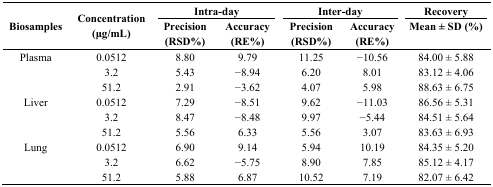
| <ROWSPAN=3> Biosamples | <ROWSPAN=3> Concentration (μg/mL) | <COLSPAN=2> Intra-day | <COLSPAN=2> Inter-day | Recovery |
 | Precision (RSD%) | Accuracy (RE%) | Precision (RSD%) | Accuracy (RE%) | Mean ± SD (%) |
 | --- | --- | --- | --- | --- | --- | --- |
 | <ROWSPAN=3> Plasma | 0.0512 | 8.80 | 9.79 | 11.25 | −10.56 | 84.00 ± 5.88 |
 | 3.2 | 5.43 | −8.94 | 6.20 | 8.01 | 83.12 ± 4.06 |
 | 51.2 | 2.91 | −3.62 | 4.07 | 5.98 | 88.63 ± 6.75 |
 | <ROWSPAN=3> Liver | 0.0512 | 7.29 | −8.51 | 9.62 | −11.03 | 86.56 ± 5.31 |
 | 3.2 | 8.47 | −8.48 | 9.97 | −5.44 | 84.51 ± 5.64 |
 | 51.2 | 5.56 | 6.33 | 5.56 | 3.07 | 83.63 ± 6.93 |
 | <ROWSPAN=3> Lung | 0.0512 | 6.90 | 9.14 | 5.94 | 10.19 | 84.35 ± 5.20 |
 | 3.2 | 6.62 | −5.75 | 8.90 | 7.85 | 85.12 ± 4.17 |
 | 51.2 | 5.88 | 6.87 | 10.52 | 7.19 | 82.07 ± 6.42 |